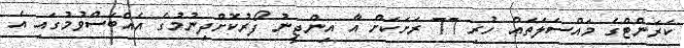
ކަރަންޓްގެ މައްސަލަތައް ހުރި 77 ރަށަކަށް އާ އިންޖީނު ފޯރުކޮށްދިނުމުގެ އެއްބަސްވުމުގައި އެ